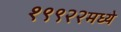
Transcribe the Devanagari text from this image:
१९९२२मध्ये